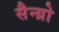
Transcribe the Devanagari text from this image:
सैन्ग्रो